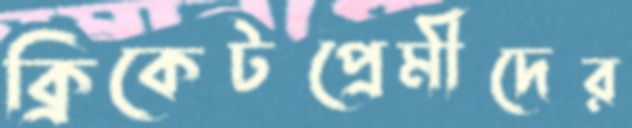
ক্রিকেটপ্রেমীদের